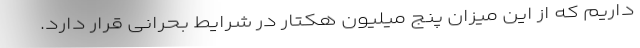
داریم که از این میزان پنج میلیون هکتار در شرایط بحرانی قرار دارد.